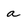
Character: a